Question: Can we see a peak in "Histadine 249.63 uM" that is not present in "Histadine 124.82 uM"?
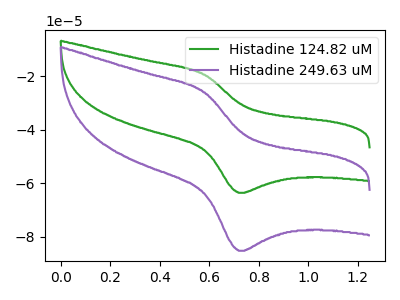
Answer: <think>The green curve "Histadine 124.82 uM" has an anodic peak at (0.60V, -19.45uA) and a cathodic peak at (0.70V, -63.60uA). The purple curve "Histadine 249.63 uM" has an anodic peak at (0.60V, -26.05uA) and a cathodic peak at (0.70V, -85.25uA).
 All the peaks in "Histadine 249.63 uM" have a peak in "Histadine 124.82 uM" at the same potential.</think>
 <answer>No, "Histadine 249.63 uM" and "Histadine 124.82 uM" don't appear to be significantly different in shape</answer>
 <eval>no_change</eval>